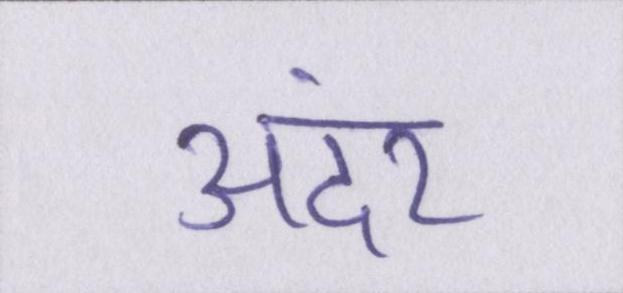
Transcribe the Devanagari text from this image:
अंदर